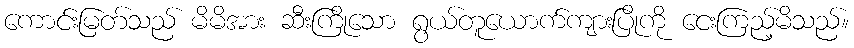
ကောင်းမြတ်သည် မိမိအား ဆီးကြိုသော ရွယ်တူယောက်ကျားပြိုကို ငေးကြည့်မိသည်။